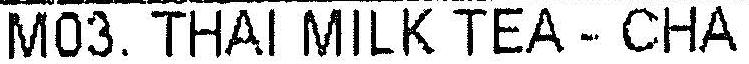
M03. THAI MILK TEA - CHA